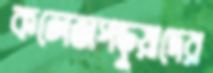
কলেজপড়ুয়াদের